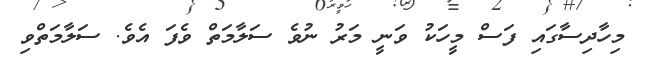
މިހާދިސާގައި ފަސް މީހަކު ވަނީ މަރު ނުވެ ސަލާމަތް ވެފަ އެވެ. ސަލާމަތްވި